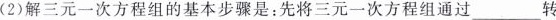
(2)解三元一次方程组的基本步骤是：先将三元一次方程组通过____转